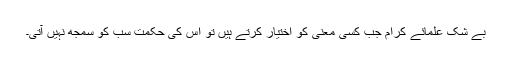
بے شک علمائے کرام جب کسی معنی کو اختیار کرتے ہیں تو اس کی حکمت سب کو سمجھ نہیں آتی۔